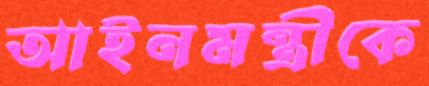
আইনমন্ত্রীকে